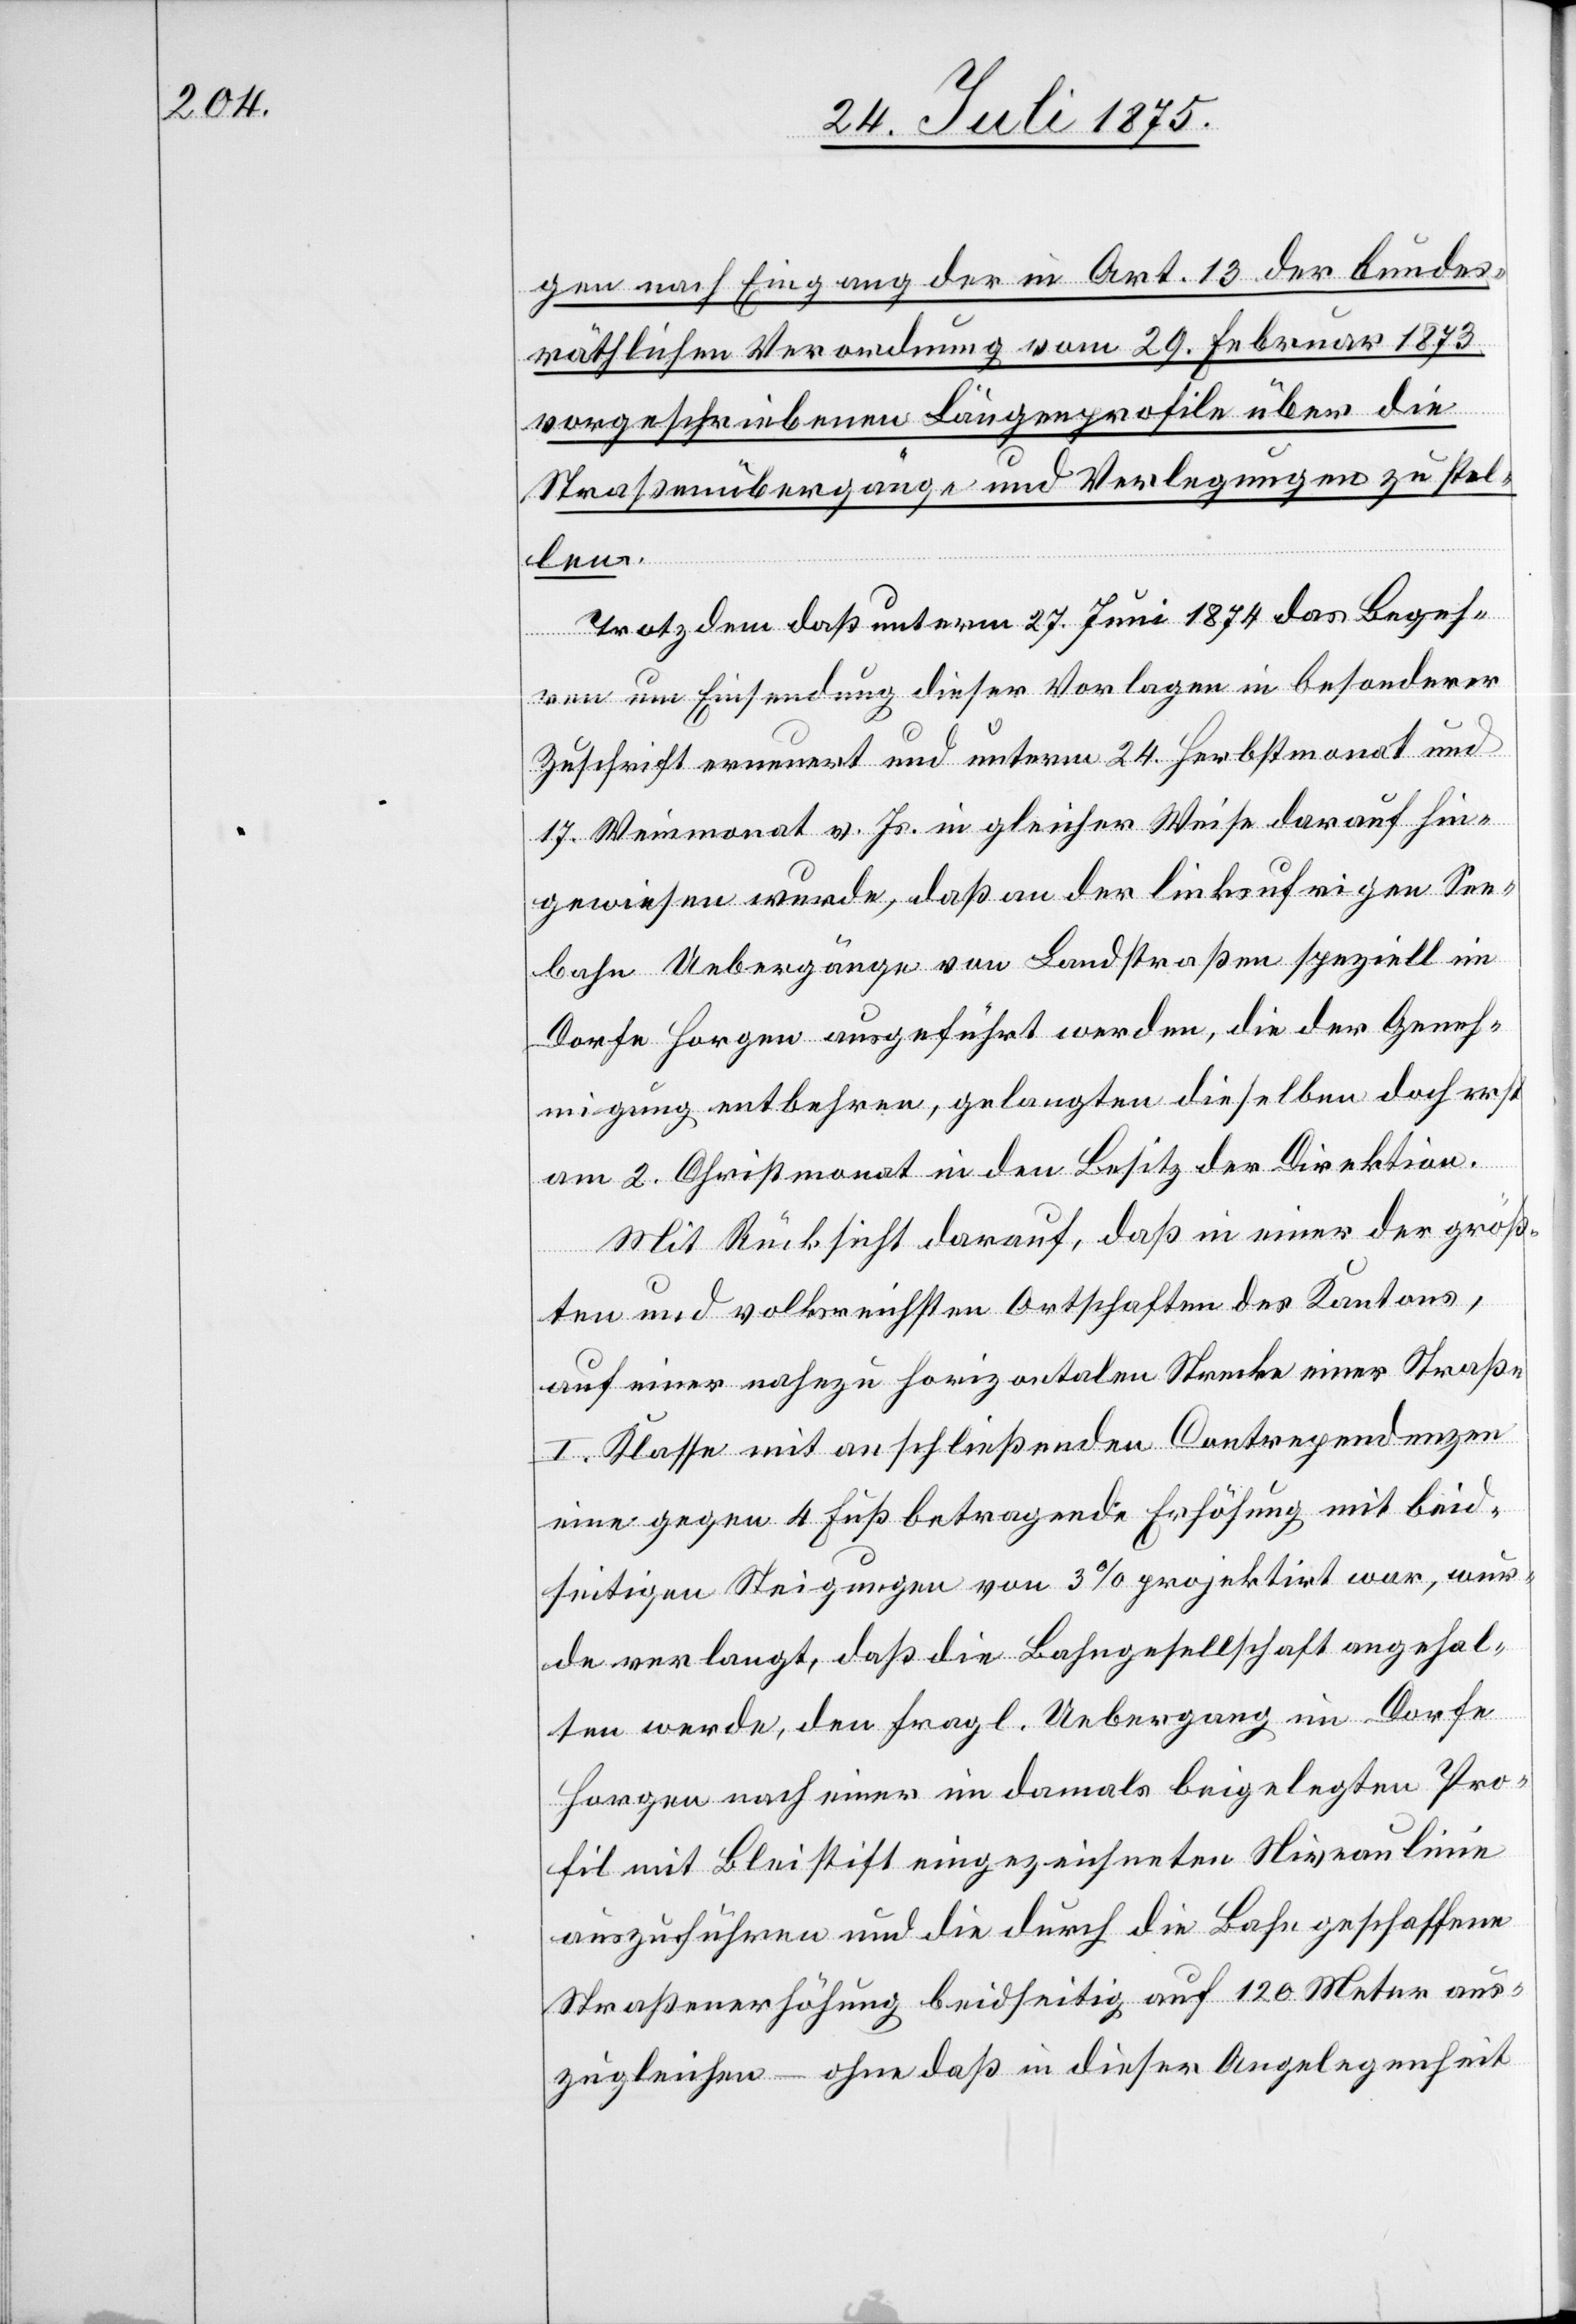
gen nach Eingang der in Art. 13. der bundes¬
räthlichen Verordnung vom 29. Februar 1873
das
vorgeschriebenen Längenprofile über die
Straßenübergänge und Verlagerungen zu stel¬
len.
Bege¬
hren um Einsendung dieser Vorlagen in besonderer
Zuschrift erneuert und unterm 24. Herbstmonat und
17. Weinmonat v. Js. in gleicher Weise darauf hin¬
gewiesen wurde, daß an der linksufrigen See¬
bahn Uebergänge von Landstraßen speziell im
Dorfe Horgen ausgeführt werden, die der Geneh¬
migung entbehren, gelangten dieselben doch erst
am 2. Christmonat in den Besitz der Direktion.
Mit Rücksicht darauf, daß in einer der größ¬
ten und volksreichsten Ortschaften des Kantons,
auf einer nahezu horizontalen Strecke einer Straße
I. Klasse mit anschließenden Contrependenzen
eine gegen 4 Fuß betragende Erhöhung mit beid¬
seitigen Steigungen von 3% projektirt war, wur¬
de verlangt, daß die Bahngesellschaft angehal¬
ten werde, den fragl. Uebergang im Dorfe
Horgen nach einer im damals beigelegten Pro¬
fil mit Bleistift eigezeichneten Niveaulinie
auszuführen und die durch die Bahn geschaffene
Straßenerhöhung beidseitig auf 120 Meter aus¬
zugleichen – ohne daß in dieser Angelegenheit